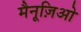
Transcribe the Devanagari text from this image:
मैनूज़िओ